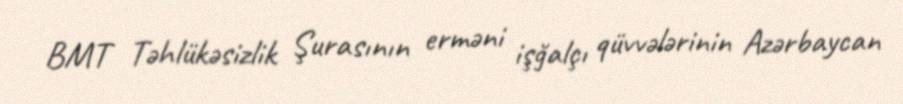
BMT Təhlükəsizlik Şurasının erməni işğalçı qüvvələrinin Azərbaycan